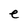
Character: e